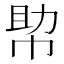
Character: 𢃃